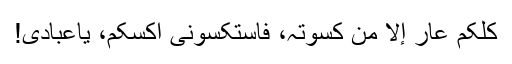
کلکم عار إلا من کسوتہ، فاستکسونی أکسکم، یاعبادی!